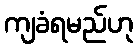
ကျခံရမည်ဟု